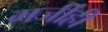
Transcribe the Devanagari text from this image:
मर्जीही